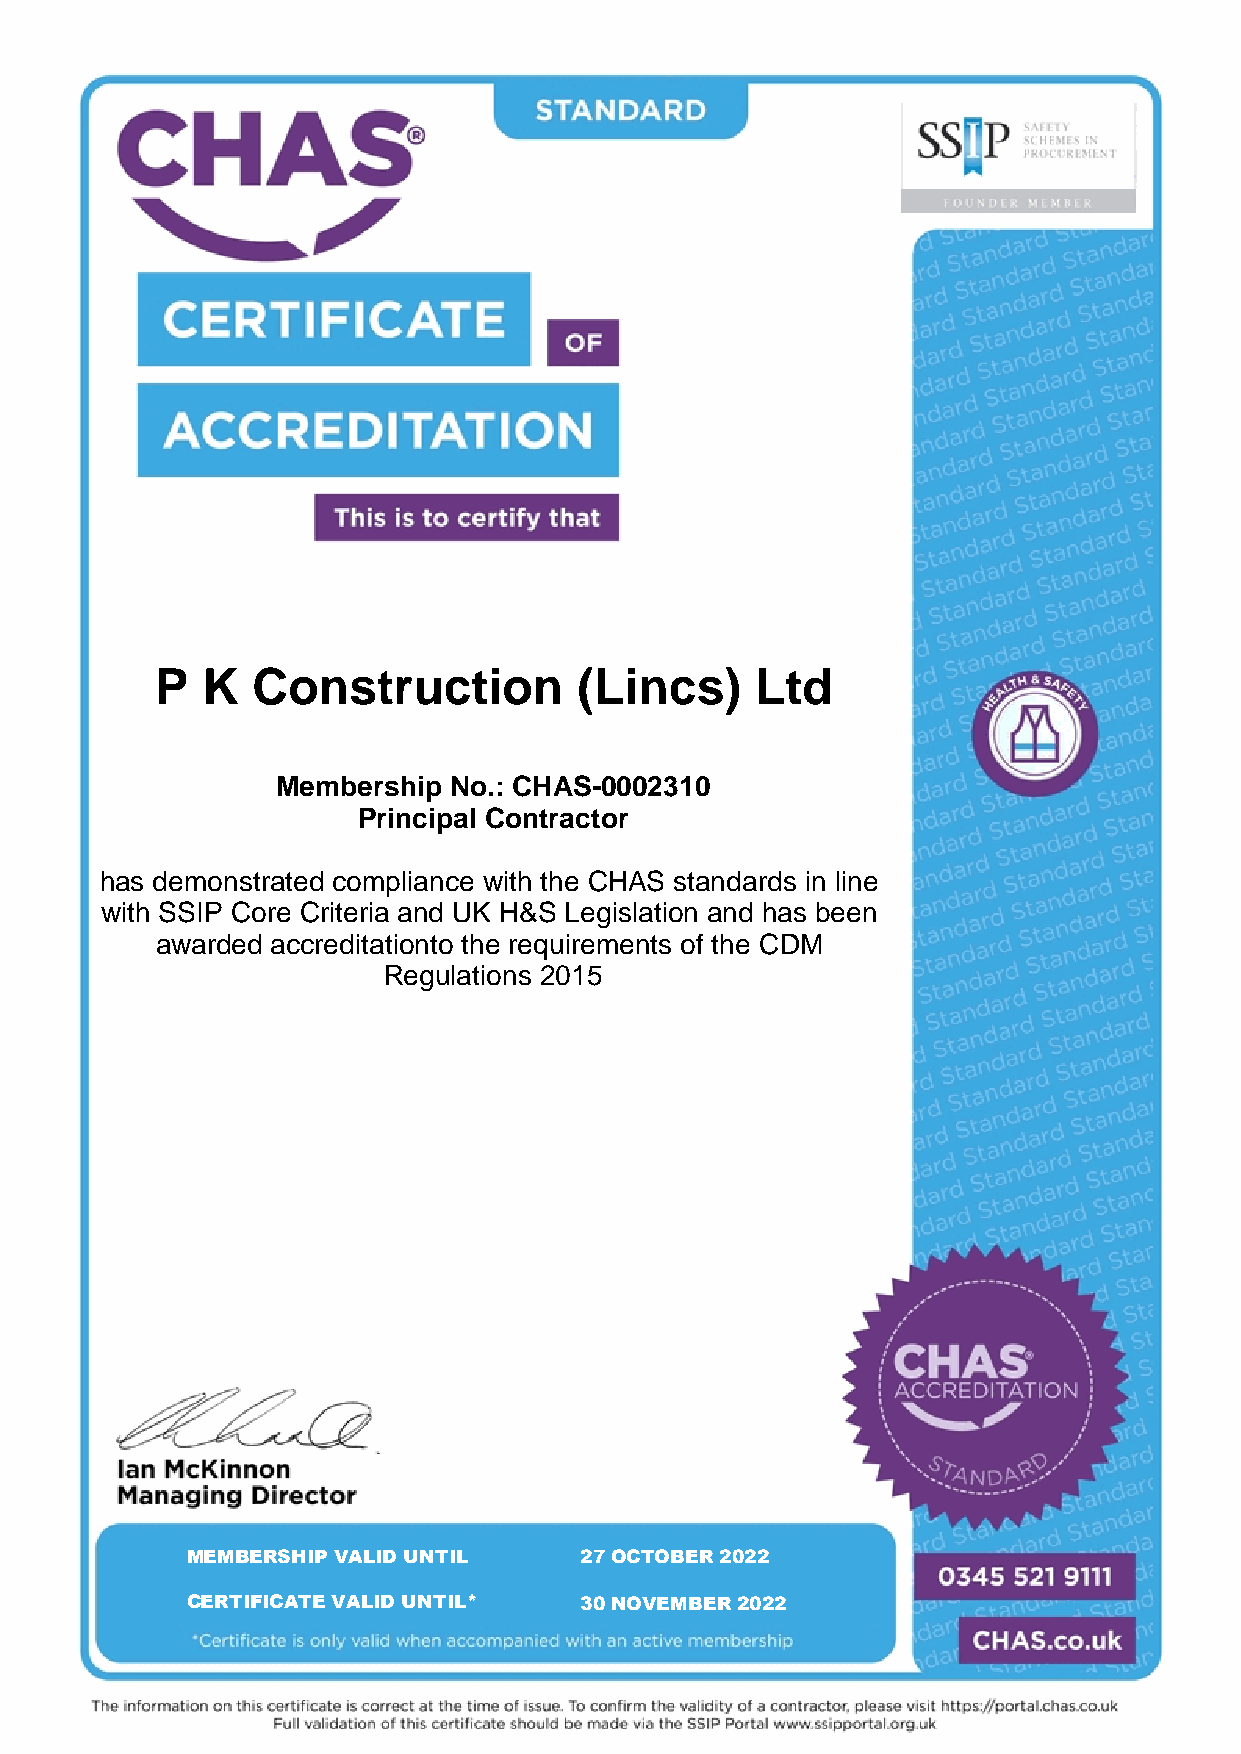
P  K   Construction         (Lincs)     Ltd
 Membership  No.: CHAS-0002310
 Principal Contractor
 has demonstrated compliance with the CHAS standards in line
 with SSIP Core Criteria and UK H&S Legislation and has been
 awarded accreditationto the requirements of the CDM
 Regulations 2015
 MEMBERSHIP VALID UNTIL    27 OCTOBER 2022
 CERTIFICATE VALID UNTIL*  30 NOVEMBER 2022